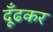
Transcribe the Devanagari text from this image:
दूँढकर